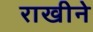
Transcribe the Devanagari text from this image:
राखीने